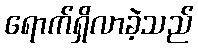
ရောက်ရှိလာခဲ့သည်